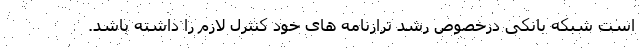
است شبکه بانکی درخصوص رشد ترازنامه های خود کنترل لازم را داشته باشد.